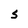
Character: S